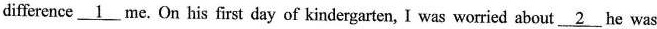
difference\underline{1}me. On his first day of kindergarten, I was worried about \underline{2}he was